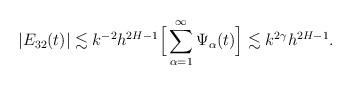
LaTeX: \begin{align*}|E_{32}(t)|&\lesssim k^{-2}h^{2H-1} \Big[\sum_{\alpha=1}^\infty \Psi_\alpha(t)\Big]\lesssim k^{2\gamma}h^{2H-1}.\end{align*}